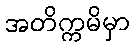
အတိက္ကမိမှာ